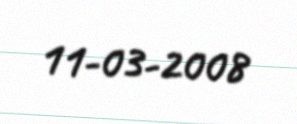
11-03-2008